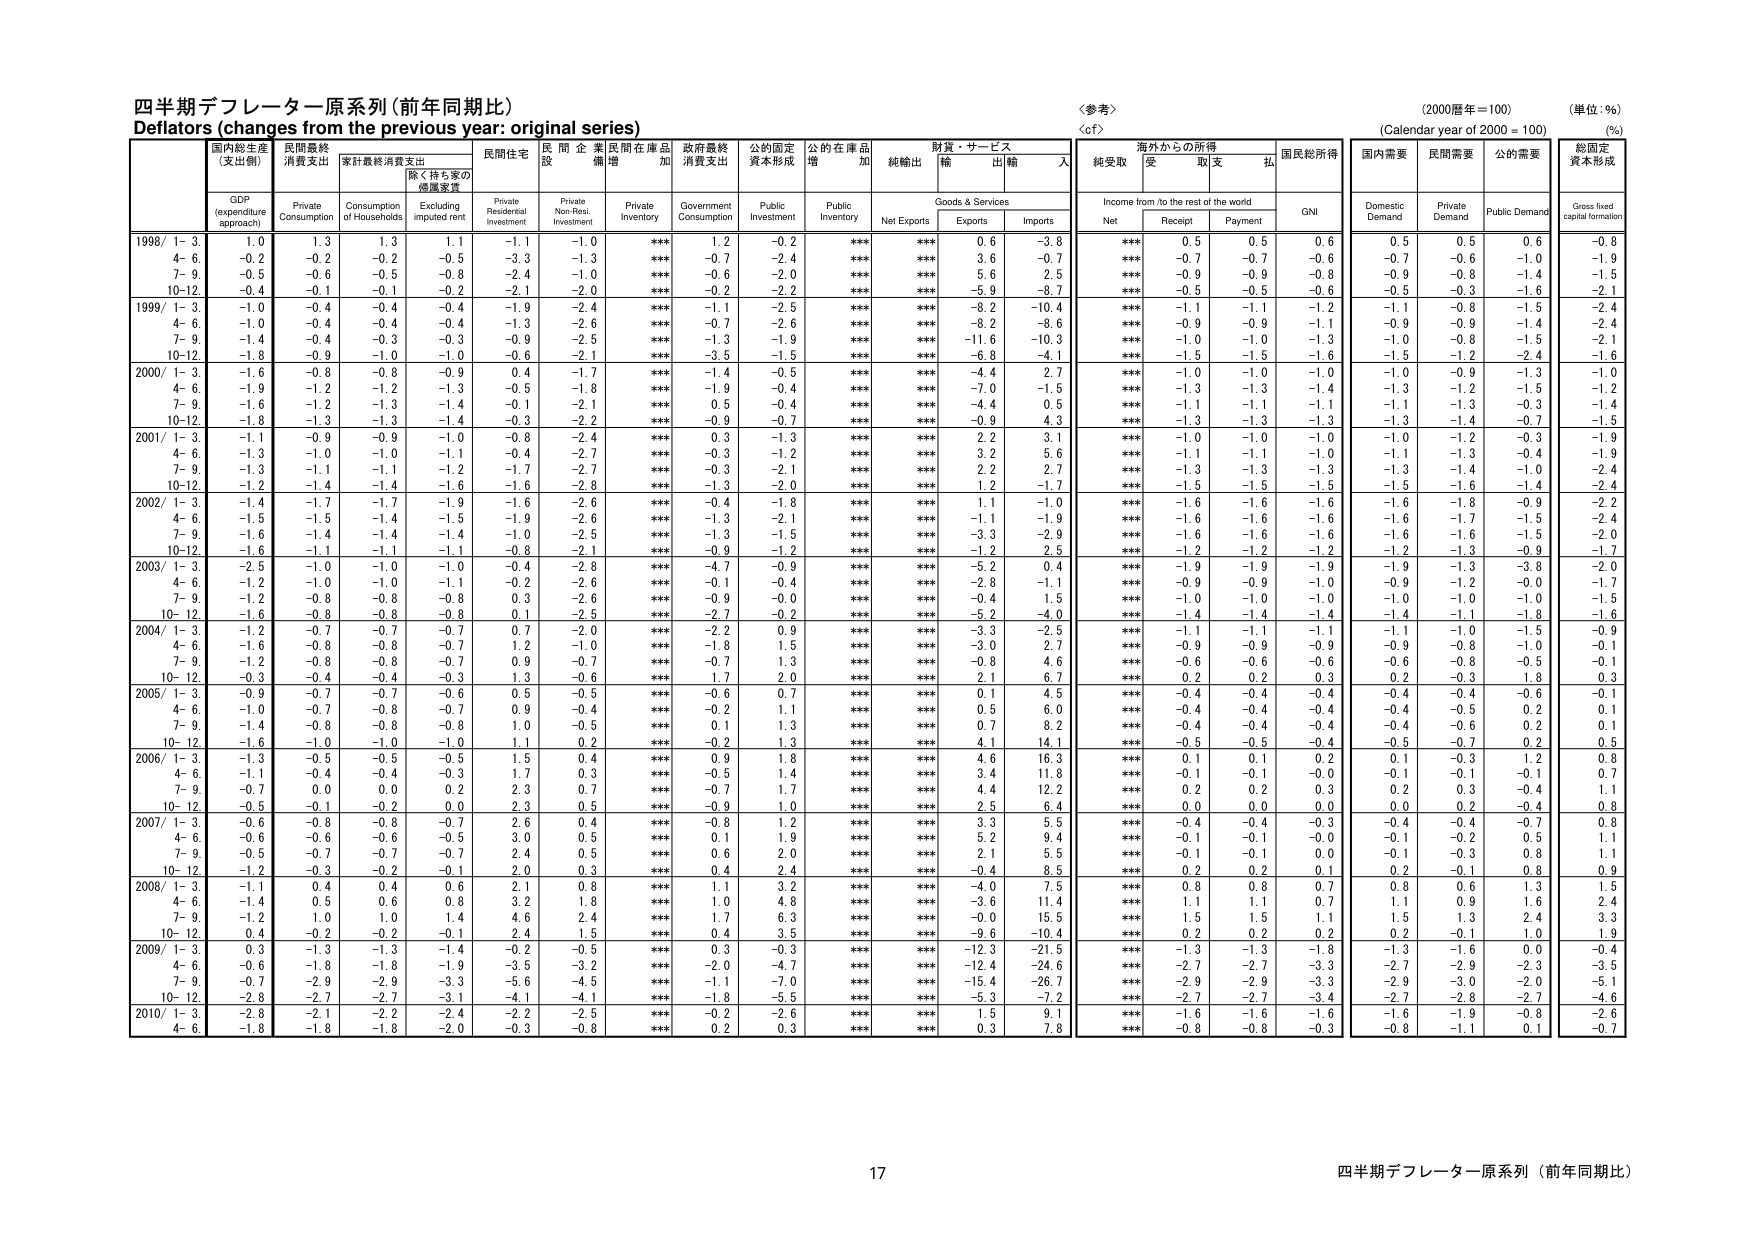
四半期デフレーター原系列（前年同期比）
Deflators (changes from the previous year: original series)
〈参考〉
(2000暦年＝100)
(単位：％)
(Calendar year of 2000 = 100)
(%)

国内総生産
(支出側)
GDP
(expenditure approach)
民間最終
消費支出
Private
Consumption
家計最終消費支出
Consumption
of Households
除く持ち家の
帰属家賃
Excluding
imputed rent
民間住宅
投資
Private
Residential
Investment
民間企業
設備投資
Private
Non-Res.
Investment
民間在庫品
増加
Private
Inventory
政府最終
消費支出
Government
Consumption
公的固定
資本形成
Public
Investment
公的在庫品
増加
Public
Inventory
純輸出
Net Exports
財貨・サービス
輸出
Exports
輸入
Imports
海外からの所得
Income from /to the rest of the world
純受取
Net
受取
Receipt
支払
Payment
国民総所得
GNI
国内需要
Domestic
Demand
民間需要
Private
Demand
公的需要
Public Demand
総固定
資本形成
Gross fixed
capital formation

1998/ 1- 3
1.0
1.3
1.3
1.1
-1.1
-1.0
***
1.2
-0.2
***
***
0.6
-3.8
***
0.5
0.5
0.6
0.5
0.5
0.6
-0.8
4- 6
-0.2
-0.2
-0.2
-0.5
-3.3
-1.3
***
-0.7
-2.4
***
***
3.6
-0.7
***
-0.7
-0.7
-0.6
-0.7
-0.6
-1.0
-1.9
7- 9
-0.5
-0.6
-0.5
-0.8
-2.4
-1.0
***
-0.6
-2.0
***
***
5.6
2.5
***
-0.9
-0.9
-0.8
-0.9
-0.8
-1.4
-1.5
10-12
-0.4
-0.1
-0.1
-0.2
-2.1
-2.0
***
-0.2
-2.2
***
***
-5.9
-8.7
***
-0.5
-0.5
-0.6
-0.5
-0.3
-1.6
-2.1

1999/ 1- 3
-1.0
-0.4
-0.4
-0.4
-1.9
-2.4
***
-1.1
-2.5
***
***
-8.2
-10.4
***
-1.1
-1.1
-1.2
-1.1
-0.8
-1.5
-2.4
4- 6
-1.0
-0.4
-0.4
-0.4
-1.3
-2.6
***
-0.7
-2.6
***
***
-8.2
-8.6
***
-0.9
-0.9
-1.1
-0.9
-0.9
-1.4
-2.4
7- 9
-1.4
-0.4
-0.3
-0.3
-0.9
-2.5
***
-1.3
-1.9
***
***
-11.6
-10.3
***
-1.0
-1.0
-1.3
-1.0
-0.8
-1.5
-2.1
10-12
-1.8
-0.9
-1.0
-1.0
-0.6
-2.1
***
-3.5
-1.5
***
***
-6.8
-4.1
***
-1.5
-1.5
-1.6
-1.5
-1.2
-2.4
-1.6

2000/ 1- 3
-1.6
-0.8
-0.8
-0.9
0.4
-1.7
***
-1.4
-0.5
***
***
-4.4
2.7
***
-1.0
-1.0
-1.0
-1.0
-0.9
-1.3
-1.0
4- 6
-1.9
-1.2
-1.2
-1.3
-0.5
-1.8
***
-1.9
-0.4
***
***
-7.0
-1.5
***
-1.3
-1.3
-1.4
-1.3
-1.2
-1.5
-1.2
7- 9
-1.6
-1.2
-1.3
-1.4
-0.1
-2.1
***
0.5
-0.4
***
***
-4.4
0.5
***
-1.1
-1.1
-1.1
-1.1
-1.3
-0.3
-1.4
10-12
-1.8
-1.3
-1.3
-1.4
-0.3
-2.2
***
-0.9
-0.7
***
***
-0.9
4.3
***
-1.3
-1.3
-1.3
-1.3
-1.4
-0.7
-1.5

2001/ 1- 3
-1.1
-0.9
-0.9
-1.0
-0.8
-2.4
***
0.3
-1.3
***
***
2.2
3.1
***
-1.0
-1.0
-1.0
-1.0
-1.2
-0.3
-1.9
4- 6
-1.3
-1.0
-1.0
-1.1
-0.4
-2.7
***
-0.3
-1.2
***
***
3.2
5.6
***
-1.1
-1.1
-1.0
-1.1
-1.3
-0.4
-1.9
7- 9
-1.3
-1.1
-1.1
-1.2
-1.7
-2.7
***
-0.3
-2.1
***
***
2.2
2.7
***
-1.3
-1.3
-1.3
-1.3
-1.4
-1.0
-2.4
10-12
-1.2
-1.4
-1.4
-1.6
-1.6
-2.8
***
-1.3
-2.0
***
***
1.2
-1.7
***
-1.5
-1.5
-1.5
-1.5
-1.6
-1.4
-2.4

2002/ 1- 3
-1.4
-1.7
-1.7
-1.9
-1.6
-2.6
***
-0.4
-1.8
***
***
1.1
-1.0
***
-1.6
-1.6
-1.6
-1.6
-1.8
-0.9
-2.2
4- 6
-1.5
-1.5
-1.4
-1.5
-1.9
-2.6
***
-1.3
-2.1
***
***
-1.1
-1.9
***
-1.6
-1.6
-1.6
-1.6
-1.7
-1.5
-2.4
7- 9
-1.6
-1.4
-1.4
-1.4
-1.0
-2.5
***
-1.3
-1.5
***
***
-3.3
-2.9
***
-1.6
-1.6
-1.6
-1.6
-1.6
-1.5
-2.0
10-12
-1.6
-1.1
-1.1
-1.1
-0.8
-2.1
***
-0.9
-1.2
***
***
-1.2
2.5
***
-1.2
-1.2
-1.2
-1.2
-1.3
-0.9
-1.7

2003/ 1- 3
-2.5
-1.0
-1.0
-1.0
-0.4
-2.8
***
-4.7
-0.9
***
***
-5.2
0.4
***
-1.9
-1.9
-1.9
-1.9
-1.3
-3.8
-2.0
4- 6
-1.2
-1.0
-1.0
-1.1
-0.2
-2.6
***
-0.1
-0.4
***
***
-2.8
-1.1
***
-0.9
-0.9
-1.0
-0.9
-1.2
-0.0
-1.7
7- 9
-1.2
-0.8
-0.8
-0.8
0.3
-2.6
***
-0.9
-0.0
***
***
-0.4
1.5
***
-1.0
-1.0
-1.0
-1.0
-1.0
-1.0
-1.5
10-12
-1.6
-0.8
-0.8
-0.8
0.1
-2.5
***
-2.7
-0.2
***
***
-5.2
-4.0
***
-1.4
-1.4
-1.4
-1.4
-1.1
-1.8
-1.6

2004/ 1- 3
-1.2
-0.7
-0.7
-0.7
0.7
-2.0
***
-2.2
0.9
***
***
-3.3
-2.5
***
-1.1
-1.1
-1.1
-1.1
-1.0
-1.5
-0.9
4- 6
-1.6
-0.8
-0.8
-0.7
1.2
-1.0
***
-1.8
1.5
***
***
-3.0
2.7
***
-0.9
-0.9
-0.9
-0.9
-0.8
-1.0
-0.1
7- 9
-1.2
-0.8
-0.8
-0.7
0.9
-0.7
***
-0.7
1.3
***
***
-0.8
4.6
***
-0.6
-0.6
-0.6
-0.6
-0.8
-0.5
-0.1
10-12
-0.3
-0.4
-0.4
-0.3
1.3
-0.6
***
1.7
2.0
***
***
2.1
6.7
***
0.2
0.2
0.3
0.2
-0.3
1.8
0.3

2005/ 1- 3
-0.9
-0.7
-0.7
-0.6
0.5
-0.5
***
-0.6
0.7
***
***
0.1
4.5
***
-0.4
-0.4
-0.4
-0.4
-0.4
-0.6
-0.1
4- 6
-1.0
-0.7
-0.8
-0.7
0.9
-0.4
***
-0.2
1.1
***
***
0.5
6.0
***
-0.4
-0.4
-0.4
-0.4
-0.5
0.2
0.1
7- 9
-1.4
-0.8
-0.8
-0.8
1.0
-0.5
***
0.1
1.3
***
***
0.7
8.2
***
-0.4
-0.4
-0.4
-0.4
-0.6
0.2
0.1
10-12
-1.6
-1.0
-1.0
-1.0
1.1
0.2
***
-0.2
1.3
***
***
4.1
14.1
***
-0.5
-0.5
-0.4
-0.5
-0.7
0.2
0.5

2006/ 1- 3
-1.3
-0.5
-0.5
-0.5
1.5
0.4
***
0.9
1.8
***
***
4.6
16.3
***
0.1
0.1
0.2
0.1
-0.3
1.2
0.8
4- 6
-1.1
-0.4
-0.4
-0.3
1.7
0.3
***
-0.5
1.4
***
***
3.4
11.8
***
-0.1
-0.1
-0.0
-0.1
-0.1
-0.1
0.7
7- 9
-0.7
0.0
0.0
0.2
2.3
0.7
***
-0.7
1.7
***
***
4.4
12.2
***
0.2
0.2
0.3
0.2
0.3
-0.4
1.1
10-12
-0.5
-0.1
-0.2
0.0
2.3
0.5
***
-0.9
1.0
***
***
2.5
6.4
***
0.0
0.0
0.0
0.0
0.2
-0.4
0.8

2007/ 1- 3
-0.6
-0.8
-0.8
-0.7
2.6
0.4
***
-0.8
1.2
***
***
3.3
5.5
***
-0.4
-0.4
-0.3
-0.4
-0.4
-0.7
0.8
4- 6
-0.6
-0.6
-0.6
-0.5
3.0
0.5
***
0.1
1.9
***
***
5.2
9.4
***
-0.1
-0.1
-0.0
-0.1
-0.2
0.5
1.1
7- 9
-0.5
-0.7
-0.7
-0.7
2.4
0.5
***
0.6
2.0
***
***
2.1
5.5
***
-0.1
-0.1
0.0
-0.1
-0.3
0.8
1.1
10-12
-1.2
-0.3
-0.2
-0.1
2.0
0.3
***
0.4
2.4
***
***
-0.4
8.5
***
0.2
0.2
0.1
0.2
-0.1
0.8
0.9

2008/ 1- 3
-1.1
0.4
0.4
0.6
2.1
0.8
***
1.1
3.2
***
***
-4.0
7.5
***
0.8
0.8
0.7
0.8
0.6
1.3
1.5
4- 6
-1.4
0.5
0.6
0.8
3.2
1.8
***
1.0
4.8
***
***
-3.6
11.4
***
1.1
1.1
0.7
1.1
0.9
1.6
2.4
7- 9
-1.2
1.0
1.0
1.4
4.6
2.4
***
1.7
6.3
***
***
-0.0
15.5
***
1.5
1.5
1.1
1.5
1.3
2.4
3.3
10-12
0.4
-0.2
-0.2
-0.1
2.4
1.5
***
0.4
3.5
***
***
-9.6
-10.4
***
0.2
0.2
0.2
0.2
-0.1
1.0
1.9

2009/ 1- 3
0.3
-1.3
-1.3
-1.4
-0.2
-0.5
***
0.3
-0.3
***
***
-12.3
-21.5
***
-1.3
-1.3
-1.8
-1.3
-1.6
0.0
-0.4
4- 6
-0.6
-1.8
-1.8
-1.9
-3.5
-3.2
***
-2.0
-4.7
***
***
-12.4
-24.6
***
-2.7
-2.7
-3.3
-2.7
-2.9
-2.3
-3.5
7- 9
-0.7
-2.9
-2.9
-3.3
-5.6
-4.5
***
-1.1
-7.0
***
***
-15.4
-26.7
***
-2.9
-2.9
-3.3
-2.9
-3.0
-2.0
-5.1
10-12
-2.8
-2.7
-2.7
-3.1
-4.1
-4.1
***
-1.8
-5.5
***
***
-5.3
-7.2
***
-2.7
-2.7
-3.4
-2.7
-2.8
-2.7
-4.6

2010/ 1- 3
-2.8
-2.1
-2.2
-2.4
-2.2
-2.5
***
-0.2
-2.6
***
***
1.5
9.1
***
-1.6
-1.6
-1.6
-1.6
-1.9
-0.8
-2.6
4- 6
-1.8
-1.8
-1.8
-2.0
-0.3
-0.8
***
0.2
0.3
***
***
0.3
7.8
***
-0.8
-0.8
-0.3
-0.8
-1.1
0.1
-0.7

17
四半期デフレーター原系列（前年同期比）